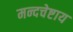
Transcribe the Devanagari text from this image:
मन्दचेष्टाय